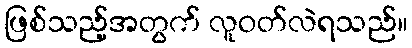
ဖြစ်သည့်အတွက် လူဝတ်လဲရသည်။